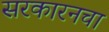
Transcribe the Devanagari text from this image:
सरकारनचा